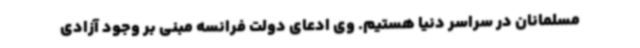
مسلمانان در سراسر دنیا هستیم. وی ادعای دولت فرانسه مبنی بر وجود آزادی